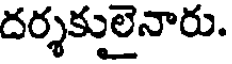
దర్శకులైనారు.